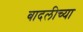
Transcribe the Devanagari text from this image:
बादलीच्या